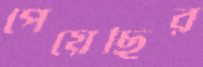
পেয়েছির